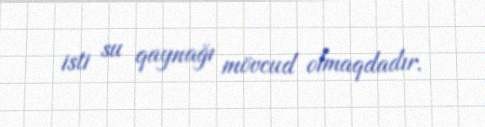
isti su qaynağı mövcud olmaqdadır.